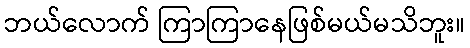
ဘယ်လောက် ကြာကြာနေဖြစ်မယ်မသိဘူး။